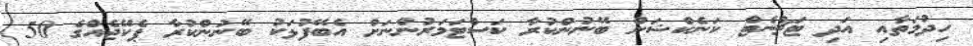
ހިދުމަތާއި އަދި ޓަޗްނެޓް ކަނެކްޝަން ބޭނުންކުރާ ކަސްޓަމަރުންނަށް އެބޭފުޅަކު ބޭނުންކުރާ ޕެކޭޖެއްގެ 50